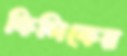
কিলিকের